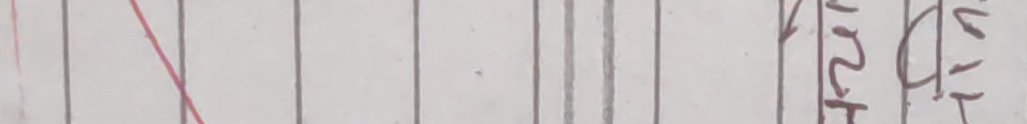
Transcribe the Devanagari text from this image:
त्यस्तै